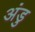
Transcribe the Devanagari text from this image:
अंडु